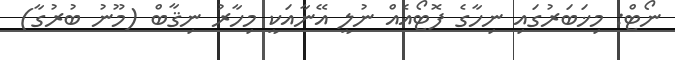
ނޯޓް: މިޚަބަރުގައި ނިހާގެ ފޮޓޯއެއް ނުލީ އޭނާއަކީ މިހާރު ނިޤާބް (މޫނު ބުރުގާ)